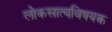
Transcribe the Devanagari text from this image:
लोकसात्यविषयक